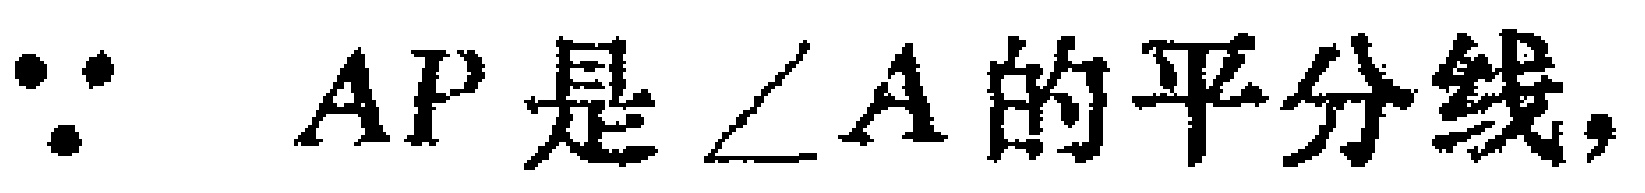
$\because\ AP是\angle A的平分线,$